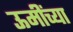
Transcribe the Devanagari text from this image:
ऊमींच्या